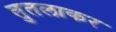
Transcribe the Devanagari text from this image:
तुतलाकर